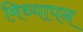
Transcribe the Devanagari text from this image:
मिथ्यापन